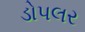
ડોપલર